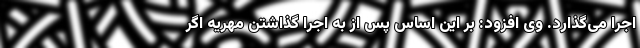
اجرا می‌گذارد. وی افزود: بر این اساس پس از به اجرا گذاشتن مهریه اگر